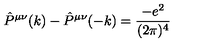
\hat { P } ^ { \mu \nu } ( k ) - \hat { P } ^ { \mu \nu } ( - k ) = \frac { - e ^ { 2 } } { ( 2 \pi ) ^ { 4 } }